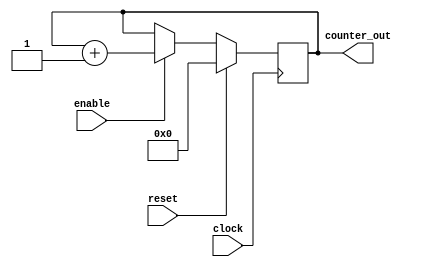
module fourbit_counter(
	clock,
	reset,
	enable,
	counter_out
);


//_____Input Ports_____
input clock;
input reset;
input enable;


//____Output Ports_____

output [3:0] counter_out;

//!!!All input ports must be wires!!!

wire clock;
wire reset;
wire enable;

//try writing them all with a comma once too.

//!!! OUtput ports can be registers or wires

reg [3:0] counter_out;



//____Code Starts_____

always @(posedge clock)
begin : COUNTER //Block Name
	if (reset == 1'b1) begin
		// reset
		counter_out <= #1 4'b0000;
		
	end
	else if ( enable == 1'b1 ) begin
		counter_out <= #1 counter_out + 1;
	end
end //End of block counter.


endmodule